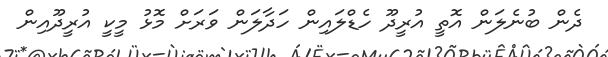
ދެން ބުނެލަން އޮތީ އުރީދޫ ހެޑްލައިން ހަދާލަން ވަރަށް މޮޅު މީކީ އުރީދޫއިން